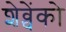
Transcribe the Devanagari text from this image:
शेव्चेंको